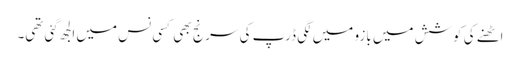
اٹھنے کی کوشش میں بازو میں لگی ڈرپ کی سرنج بھی کسی نس میں الجھ گئی تھی۔